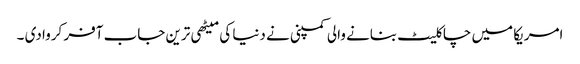
امریکا میں چاکلیٹ بنانے والی کمپنی نے دنیا کی میٹھی ترین جاب آفر کروا دی ۔